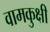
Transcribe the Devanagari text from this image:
वामकुक्षी